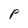
Character: P